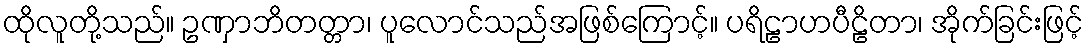
ထိုလူတို့သည်။ ဥဏှာဘိတတ္တာ၊ ပူလောင်သည်အဖြစ်ကြောင့်။ ပရိဠာဟပီဠိတာ၊ အိုက်ခြင်းဖြင့်